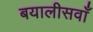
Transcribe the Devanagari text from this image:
बयालीसवाँ